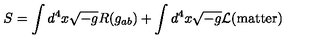
S = \int d ^ { 4 } x \sqrt { - g } R ( g _ { a b } ) + \int d ^ { 4 } x \sqrt { - g } { \cal L } ( \mathrm { m a t t e r } )